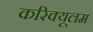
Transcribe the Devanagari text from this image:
करिक्यूलम